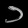
Digit: ၁